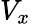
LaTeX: V_{x}